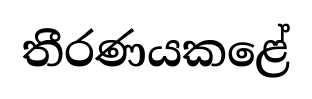
තීරණයකළේ